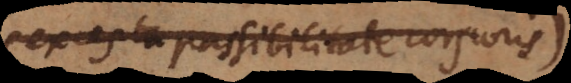
(excepta passibilitate corporis)